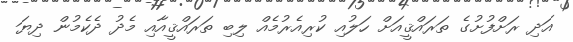
އަދި ރަށްފުށުގެ ތަރައްޤީއަށް ހަލުއި ކުރިއެރުމެއް ލިބި ތަރައްޤީއާއި މެދު ދެކެމުން ދިޔަ